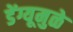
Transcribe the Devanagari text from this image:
डेंग्यूमुळे